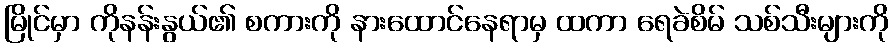
မြိုင်မှာ ကိုနန်းနွယ်၏ စကားကို နားထောင်နေရာမှ ထကာ ရေခဲစိမ် သစ်သီးများကို